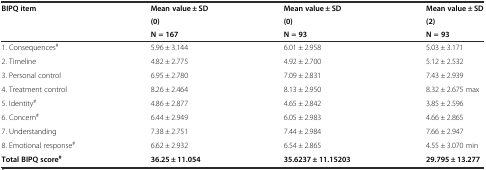
<table><thead><tr><td><b>BIPQ item</b></td><td><b>Mean value ± SD</b></td><td><b>Mean value ± SD</b></td><td><b>Mean value ± SD</b></td></tr><tr><td></td><td><b>(0)</b></td><td><b>(0)</b></td><td><b>(2)</b></td></tr><tr><td></td><td><b>N = 167</b></td><td><b>N = 93</b></td><td><b>N = 93</b></td></tr></thead><tbody><tr><td>1. Consequences<sup>#</sup></td><td>5.96 ± 3.144</td><td>6.01 ± 2.958</td><td>5.03 ± 3.171</td></tr><tr><td>2. Timeline</td><td>4.82 ± 2.775</td><td>4.92 ± 2.700</td><td>5.12 ± 2.532</td></tr><tr><td>3. Personal control</td><td>6.95 ± 2.780</td><td>7.09 ± 2.831</td><td>7.43 ± 2.939</td></tr><tr><td>4. Treatment control</td><td>8.26 ± 2.464</td><td>8.13 ± 2.950</td><td>8.32 ± 2.675 max</td></tr><tr><td>5. Identity<sup>#</sup></td><td>4.86 ± 2.877</td><td>4.65 ± 2.842</td><td>3.85 ± 2.596</td></tr><tr><td>6. Concern<sup>#</sup></td><td>6.44 ± 2.949</td><td>6.05 ± 2.983</td><td>4.66 ± 2.865</td></tr><tr><td>7. Understanding</td><td>7.38 ± 2.751</td><td>7.44 ± 2.984</td><td>7.66 ± 2.947</td></tr><tr><td>8. Emotional response<sup>#</sup></td><td>6.62 ± 2.932</td><td>6.54 ± 2.865</td><td>4.55 ± 3.070 min</td></tr><tr><td><b>Total BIPQ score</b><sup><b>#</b></sup></td><td><b>36.25 ± 11.054</b></td><td><b>35.6237 ± 11.15203</b></td><td><b>29.795 ± 13.277</b></td></tr></tbody></table>